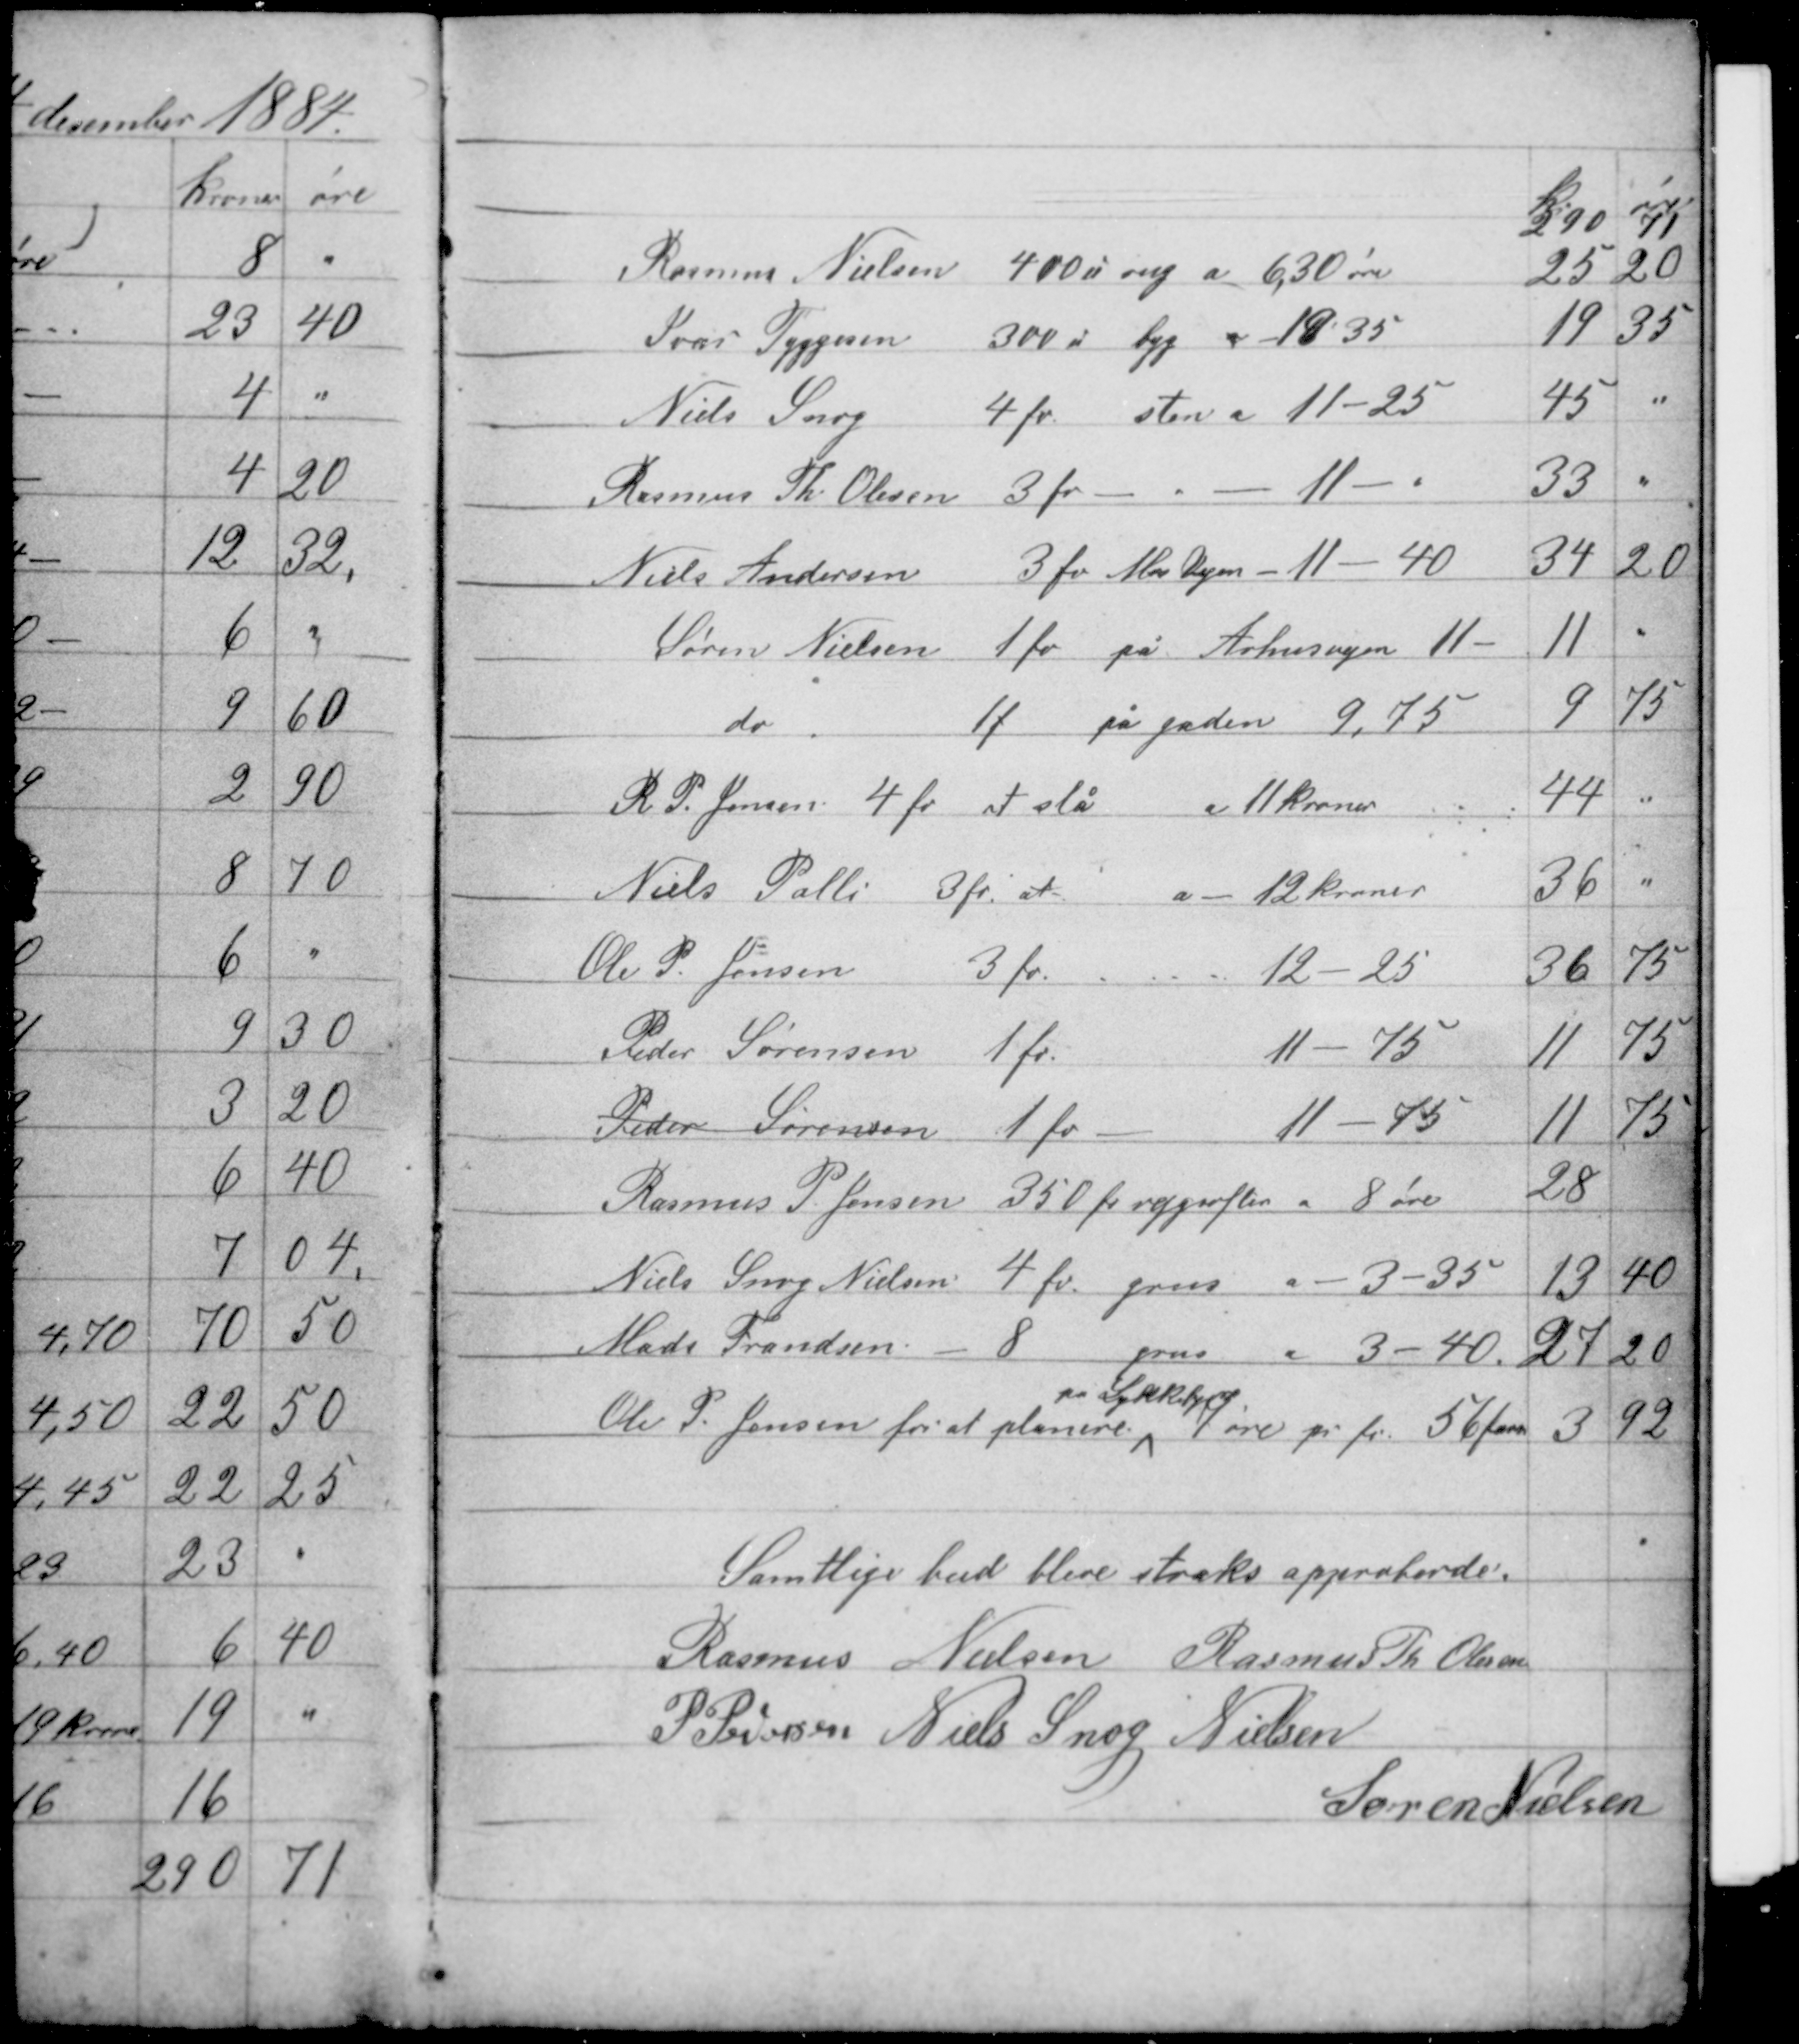
Transskription:
Samtlige bud blive straks approberde.
Rasmus Nielsen Rasmus Th Olesen
P. Pedersen Niels Snog Nielsen
Søren Nielsen